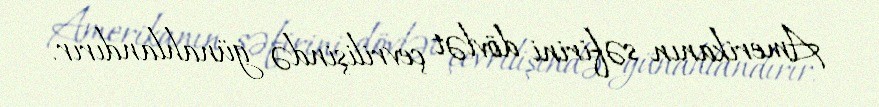
Amerikanın səfirini dövlət çevrilişində günahlandırır.